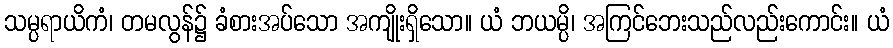
သမ္ပရာယိကံ၊ တမလွန်၌ ခံစားအပ်သော အကျိုးရှိသော။ ယံ ဘယမ္ပိ၊ အကြင်ဘေးသည်လည်းကောင်း။ ယံ